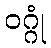
ဝဂ္ဂုံ